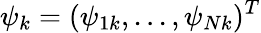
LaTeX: \psi_{k}=(\psi_{1k},...,\psi_{Nk})^{T}